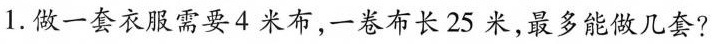
1.做一套衣服需要4米布，一卷布长25米，最多能做几套?